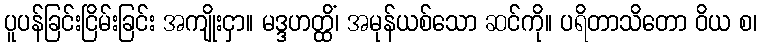
ပူပန်ခြင်းငြိမ်းခြင်း အကျိုးငှာ။ မဒ္ဒဟတ္ထိံ၊ အမုန်ယစ်သော ဆင်ကို။ ပရိတာသိတော ဝိယ စ၊